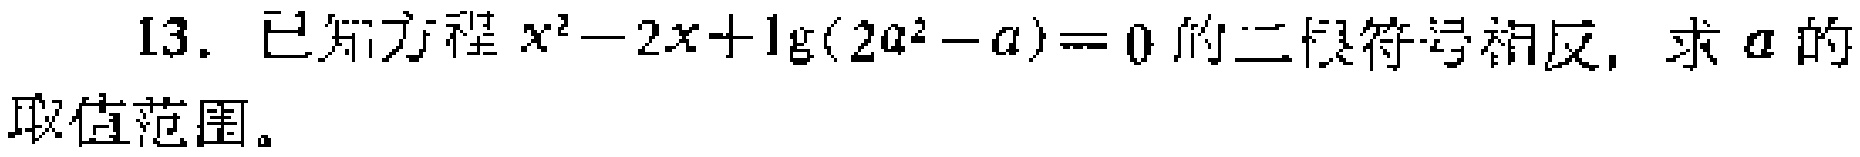
13. 已知方程\(x^{2}-2x+\lg(2a^{2}-a)=0\)的二根符号相反，求\(a\)的取值范围。